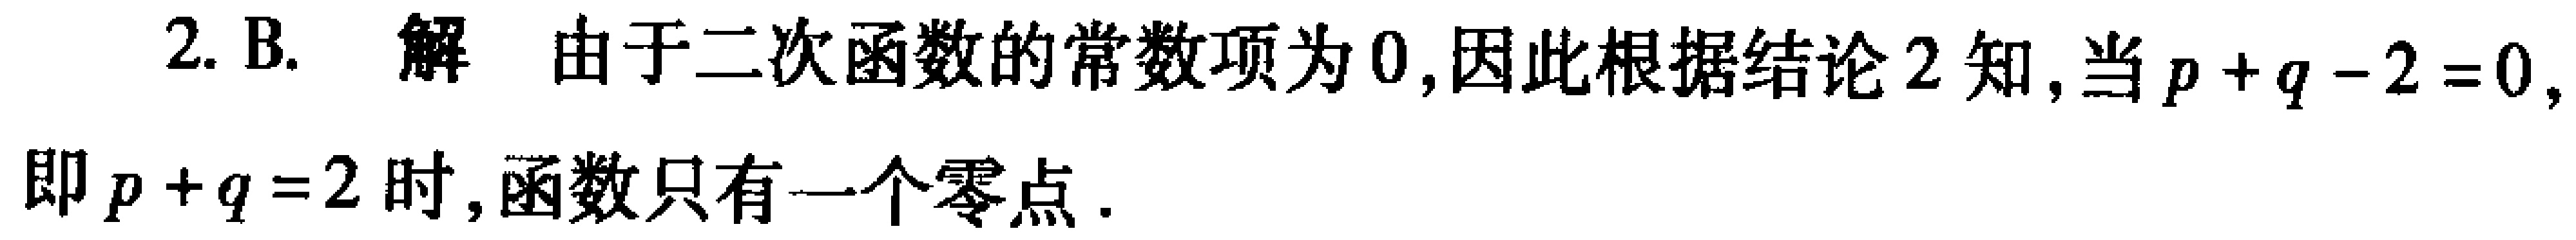
2. B. 解 由于二次函数的常数项为\(0\)，因此根据结论2知，当\(p + q - 2 = 0\)，即\(p + q = 2\)时，函数只有一个零点.